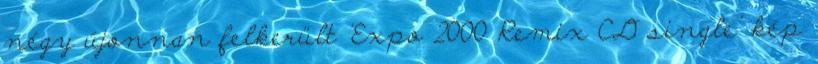
négy újonnan felkerült 'Expo 2000 Remix CD single' kép